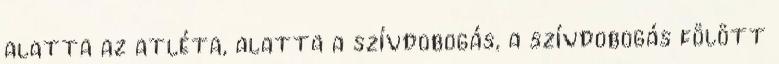
alatta az atléta, alatta a szívdobogás, a szívdobogás fölött